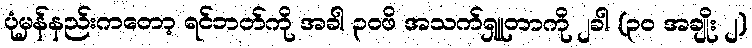
ပုံမှန်နည်းကတော့ ရင်ဘတ်ကို အခါ ၃၀ဖိ အသက်ရှူတာကို ၂ခါ (၃၀ အချိုး ၂)